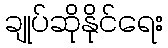
ချုပ်ဆိုနိုင်ရေး